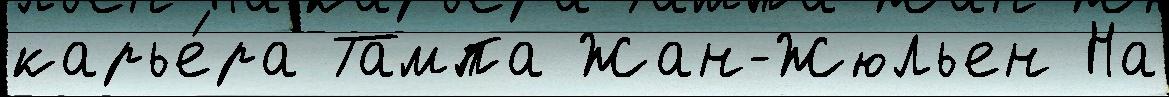
карье́ра Тампа Жан-Жюльен На